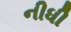
નીધી